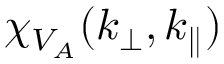
\chi _ { V _ { A } } ( k _ { \perp } , k _ { \parallel } )